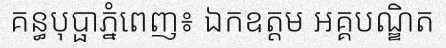
គន្ធបុប្ផាភ្នំពេញ៖ ឯកឧត្តម អគ្គបណ្ឌិត